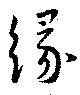
縁